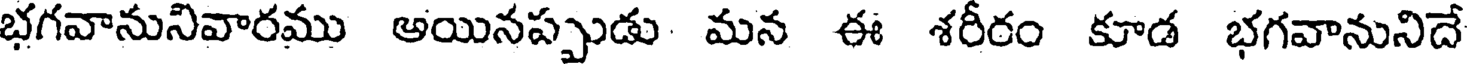
భగవానునివారము అయినప్పుడు మన ఈ శరీరం కూడ భగవానునిదే